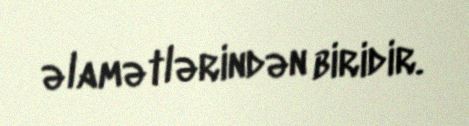
əlamətlərindən biridir.